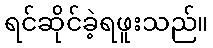
ရင်ဆိုင်ခဲ့ရဖူးသည်။